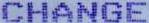
CHANGE